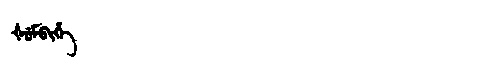
Manchu: ᡧᡠᠮᠪᡳᡥᡝ
Romanization: ŠUMBIHE